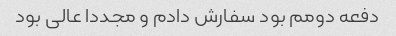
دفعه دومم بود سفارش دادم و مجددا عالی بود